Lunatic asylums Burma 1922-24 - 1922-1924
Year: 1922
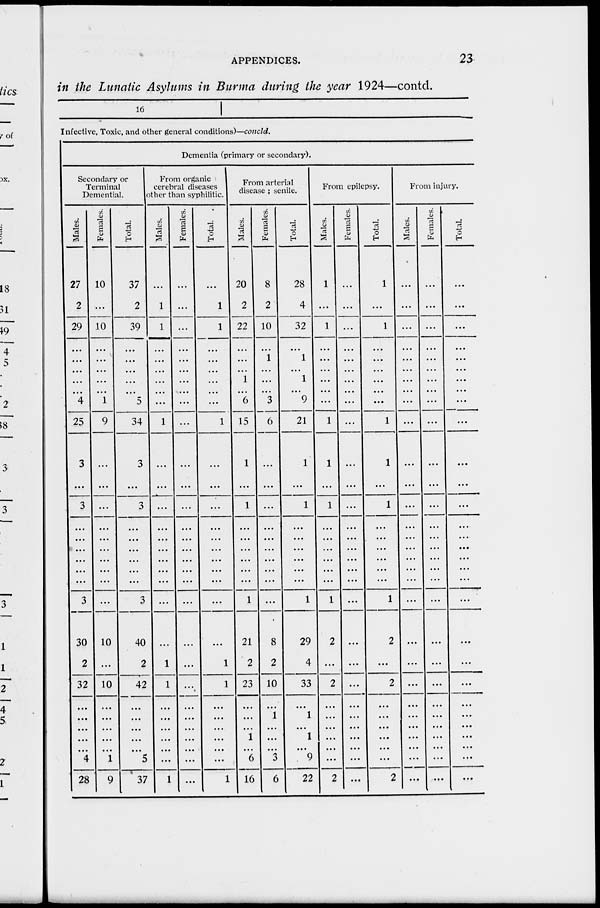
APPENDICES.
23
in the Lunatic Asylums in Burma during the year 1924—contd.
16
Infective, Toxic, and other general conditions)—concld.
Dementia (primary or secondary).
Secondary or
Terminal
Demential.
Males.
27
2
29
...
...
...
...
...
4
25
3
...
3
...
...
...
...
...
...
3
30
2
32
...
...
...
...
...
4
28
Females.
10
...
10
...
...
...
...
...
1
9
...
...
...
...
...
...
...
...
...
...
10
...
10
...
...
...
...
...
1
9
Total.
37
2
39
...
...
...
...
...
5
34
3
...
3
...
...
...
...
...
...
3
40
2
42
...
...
...
...
...
5
37
From organic
cerebral diseases
other than syphilitic.
Males.
...
1
1
...
...
...
...
...
...
1
...
...
...
...
...
...
...
...
...
...
...
1
1
...
...
...
...
...
...
1
Females.
...
...
...
...
...
...
...
...
...
...
...
...
...
...
...
...
...
...
...
...
...
...
...
...
...
...
...
...
...
...
Total.
...
1
1
...
...
...
...
...
...
1
...
...
...
...
...
...
...
...
...
...
...
1
1
...
...
...
...
...
...
1
From arterial
disease ; senile.
Males.
20
2
22
...
...
...
1
...
6
15
1
...
1
...
...
...
...
...
...
1
21
2
23
...
...
...
1
...
6
1 6
Females.
8
2
10
...
1
...
...
...
3
6
...
...
...
...
...
...
...
...
...
...
8
2
10
...
1
...
...
...
3
6
Total.
28
4
32
...
1
...
1
...
9
21
1
...
1
...
...
...
...
...
...
1
29
4
33
...
1
...
1
...
9
22
From epilepsy.
Males.
1
...
1
...
...
...
...
...
...
1
1
...
1
...
...
...
...
...
...
1
2
...
2
...
...
...
...
...
...
2
Females.
...
...
...
...
...
...
...
...
...
...
...
...
...
...
...
...
...
...
...
...
...
...
...
...
...
...
...
...
...
...
Total.
1
...
1
...
...
...
...
...
...
1
1
...
1
...
...
...
...
...
...
1
2
...
2
...
...
...
...
...
...
2
From injury.
Males.
...
...
...
...
...
...
...
...
...
...
...
...
...
...
...
...
...
...
...
...
...
...
...
...
...
...
...
...
...
...
Females.
...
...
...
...
...
...
...
...
...
...
...
...
...
...
...
...
...
...
...
...
...
...
...
...
...
...
...
...
...
...
Total.
...
...
...
...
...
...
...
...
...
...
...
...
...
...
...
...
...
...
...
...
...
...
...
...
...
...
...
...
...